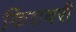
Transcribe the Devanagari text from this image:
किशबरी